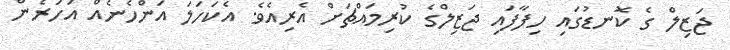
ޖަޒިލް ގެ ކޮނޑުގައި ހިފާފައި ޖަޒިލްގެ ކުރިމައްޗަށް އެރިއެވެ. އެކަހަލަ އަންހެނެއް އަހަރެން